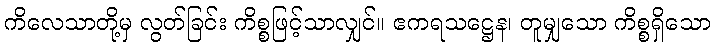
ကိလေသာတို့မှ လွတ်ခြင်း ကိစ္စဖြင့်သာလျှင်။ ဧကရသဋ္ဌေန၊ တူမျှသော ကိစ္စရှိသော